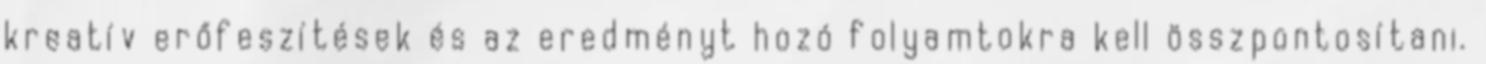
kreatív erőfeszítések és az eredményt hozó folyamtokra kell összpontosítani.